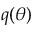
q ( \theta )